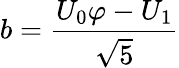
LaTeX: b={\frac{U_{0}\varphi-U_{1}}{\sqrt{5}}}